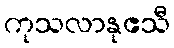
ကုသလာနုဧသီ